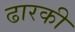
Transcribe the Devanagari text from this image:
ढारकी